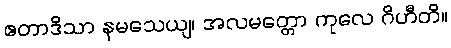
ဧတာဒိသာ နမသေယျ၊ အလမတ္တော ကုလေ ဂိဟီတိ။